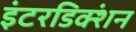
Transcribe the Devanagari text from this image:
इंटरडिक्शंन